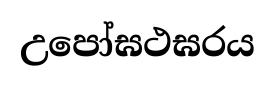
උපෝඝථඝරය